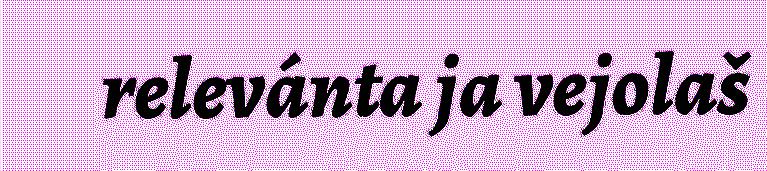
relevánta ja vejolaš